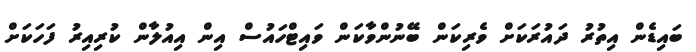
ބައިޑެން އިތުރު ދައުރަކަށް ވެރިކަން ބޭނުންވާކަން ވައިޓްހައުސް އިން އިއުލާން ކުރިއިރު ފަހަކަށް